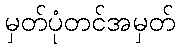
မှတ်ပုံတင်အမှတ်